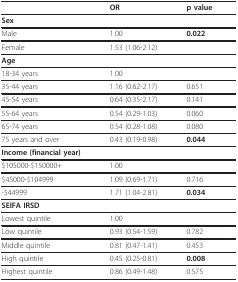
<table><thead><tr><td></td><td><b>OR</b></td><td><b>p value</b></td></tr></thead><tbody><tr><td><b>Sex</b></td><td></td><td></td></tr><tr><td>Male</td><td>1.00</td><td><b>0.022</b></td></tr><tr><td>Female</td><td>1.53 (1.06-2.12)</td><td></td></tr><tr><td><b>Age</b></td><td></td><td></td></tr><tr><td>18-34 years</td><td>1.00</td><td></td></tr><tr><td>35-44 years</td><td>1.16 (0.62-2.17)</td><td>0.651</td></tr><tr><td>45-54 years</td><td>0.64 (0.35-2.17)</td><td>0.141</td></tr><tr><td>55-64 years</td><td>0.54 (0.29-1.03)</td><td>0.060</td></tr><tr><td>65-74 years</td><td>0.54 (0.28-1.08)</td><td>0.080</td></tr><tr><td>75 years and over</td><td>0.43 (0.19-0.98)</td><td><b>0.044</b></td></tr><tr><td><b>Income (financial year)</b></td><td></td><td></td></tr><tr><td>$105000-$150000+</td><td>1.00</td><td></td></tr><tr><td>$45000-$104999</td><td>1.09 (0.69-1.71)</td><td>0.716</td></tr><tr><td>-$44999</td><td>1.71 (1.04-2.81)</td><td><b>0.034</b></td></tr><tr><td><b>SEIFA IRSD</b></td><td></td><td></td></tr><tr><td>Lowest quintile</td><td>1.00</td><td></td></tr><tr><td>Low quintile</td><td>0.93 (0.54-1.59)</td><td>0.782</td></tr><tr><td>Middle quintile</td><td>0.81 (0.47-1.41)</td><td>0.453</td></tr><tr><td>High quintile</td><td>0.45 (0.25-0.81)</td><td><b>0.008</b></td></tr><tr><td>Highest quintile</td><td>0.86 (0.49-1.48)</td><td>0.575</td></tr></tbody></table>